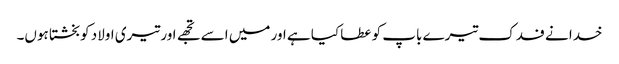
خدا نے فدک تیرے باپ کو عطا کیا ہے اور میں اسے تجھے اور تیری اولاد کو بخشتا ہوں۔